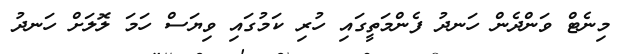
މިނެޓް ވަންދެން ހަނދު ފެންމަތީގައި ހުރި ކަމުގައި ވިޔަސް ހަމަ ލޮލަށް ހަނދު